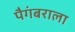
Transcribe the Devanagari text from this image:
पैगंबराला